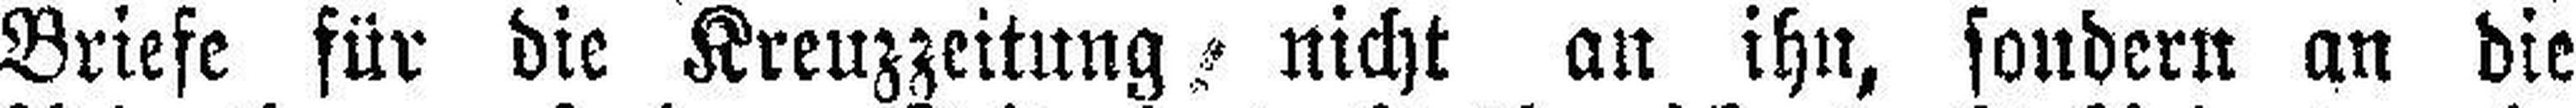
Briefe für die Kreuzzeitung nicht an ihn, sondern an die